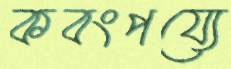
কবংপয্যে